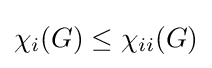
\chi _{i}(G)\leq \chi _{ii}(G)